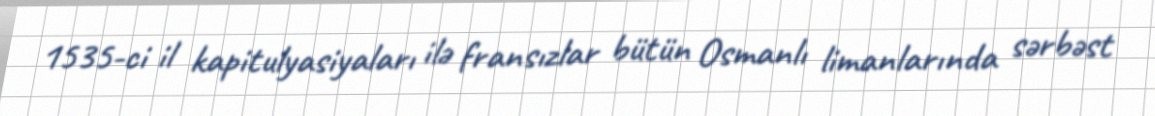
1535-ci il kapitulyasiyaları ilə fransızlar bütün Osmanlı limanlarında sərbəst